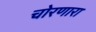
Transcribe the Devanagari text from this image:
चोरणारा